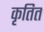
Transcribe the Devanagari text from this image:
कृतित